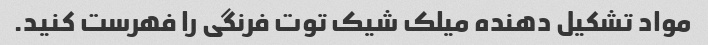
مواد تشکیل دهنده میلک شیک توت فرنگی را فهرست کنید.